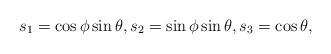
LaTeX: \begin{align*}s_1=\cos \phi \sin \theta,s_2=\sin \phi \sin \theta,s_3=\cos \theta,\end{align*}